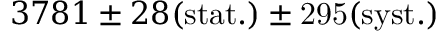
3 7 8 1 \pm 2 8 \mathrm { { ( s t a t . ) } \pm 2 9 5 \mathrm { { ( s y s t . ) } } }